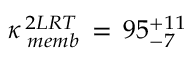
\kappa _ { \, \, m e m b } ^ { \, 2 L R T } \, = \, 9 5 _ { - 7 } ^ { + 1 1 }